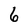
Character: 6